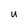
Character: U